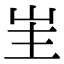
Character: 𭖒